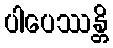
ပါပေဿန္တိ